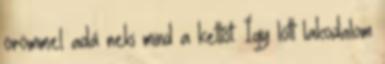
örömmel adá neki mind a kettőt. Így lött lakodalom